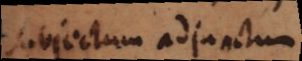
Subjectum adjunctum